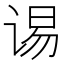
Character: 𮷉